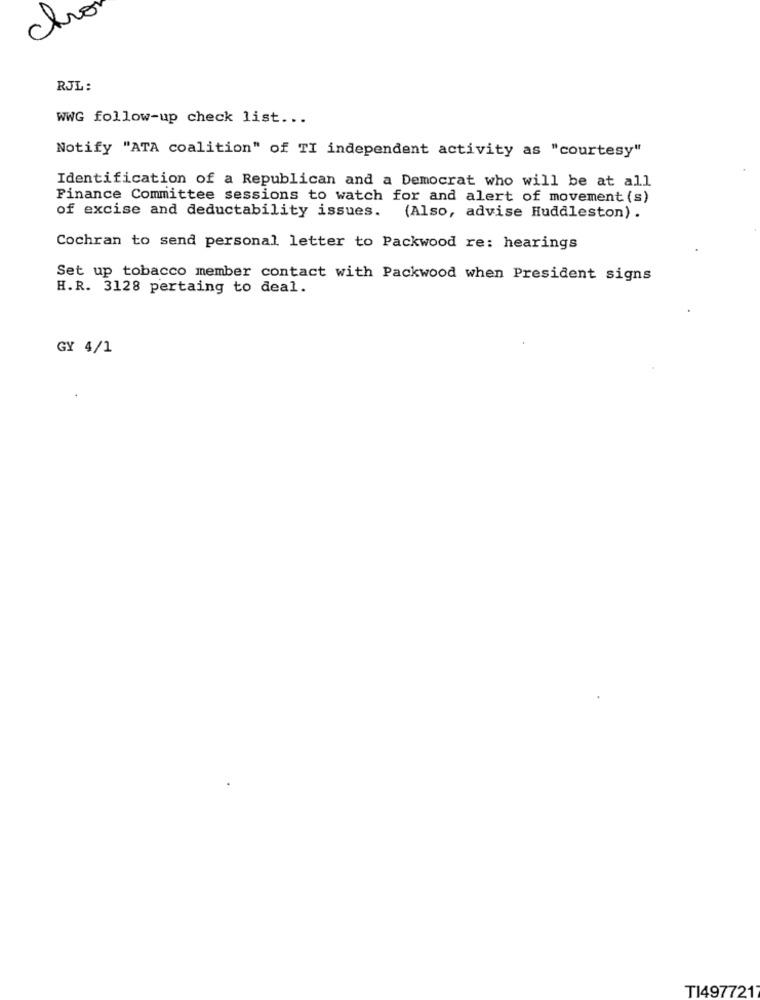
RJL:
WWG follow-up check list ...
Notify "ATA coalition" of TI independent activity as "courtesy"
Identification of a Republican and a Democrat who will be at all
Finance Committee sessions to watch for and alert of movement (s)
of excise and deductability issues. (Also, advise Huddleston) .
Cochran to send personal letter to Packwood re: hearings
Set up tobacco member contact with Packwood when President signs
H.R. 3128 pertaing to deal.
GY 4/1
TI4977217